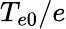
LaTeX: T_{e0}/e